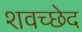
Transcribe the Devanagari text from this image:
शवच्छेद